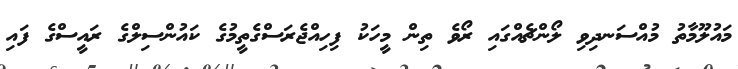
މައުލޫމާތު މުއްސަނދިވި ލޯންޗެއްގައި ރޯވެ ތިން މީހަކު ފިހިއްޖެރަސްގެތީމުގެ ކައުންސިލްގެ ރައީސްގެ ފައި